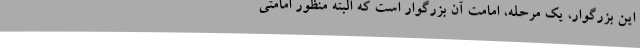
این بزرگوار، یک مرحله، امامت آن بزرگوار است که البته منظور امامتی